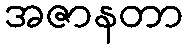
အဇာနတာ